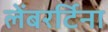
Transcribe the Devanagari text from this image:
लेंबरर्टिना